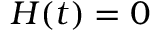
H ( t ) = 0